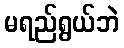
မရည်ရွယ်ဘဲ